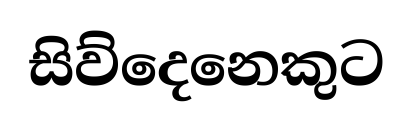
සිව්දෙනෙකුට